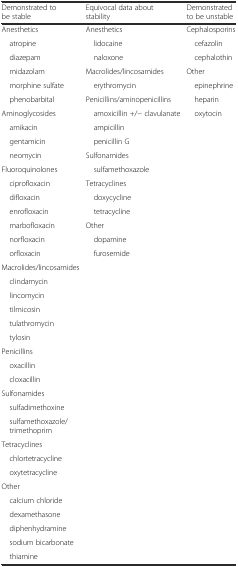
<table><thead><tr><td><b>Demonstrated to be stable</b></td><td><b>Equivocal data about stability</b></td><td><b>Demonstrated to be unstable</b></td></tr></thead><tbody><tr><td>Anesthetics</td><td>Anesthetics</td><td>Cephalosporins</td></tr><tr><td> atropine</td><td> lidocaine</td><td> cefazolin</td></tr><tr><td> diazepam</td><td> naloxone</td><td> cephalothin</td></tr><tr><td> midazolam</td><td>Macrolides/lincosamides</td><td>Other</td></tr><tr><td> morphine sulfate</td><td> erythromycin</td><td> epinephrine</td></tr><tr><td> phenobarbital</td><td>Penicillins/aminopenicillins</td><td> heparin</td></tr><tr><td>Aminoglycosides</td><td> amoxicillin +/− clavulanate</td><td> oxytocin</td></tr><tr><td> amikacin</td><td> ampicillin</td><td></td></tr><tr><td> gentamicin</td><td> penicillin G</td><td></td></tr><tr><td> neomycin</td><td>Sulfonamides</td><td></td></tr><tr><td>Fluoroquinolones</td><td> sulfamethoxazole</td><td></td></tr><tr><td> ciprofloxacin</td><td>Tetracyclines</td><td></td></tr><tr><td> difloxacin</td><td> doxycycline</td><td></td></tr><tr><td> enrofloxacin</td><td> tetracycline</td><td></td></tr><tr><td> marbofloxacin</td><td>Other</td><td></td></tr><tr><td> norfloxacin</td><td> dopamine</td><td></td></tr><tr><td> orfloxacin</td><td> furosemide</td><td></td></tr><tr><td>Macrolides/lincosamides</td><td></td><td></td></tr><tr><td> clindamycin</td><td></td><td></td></tr><tr><td> lincomycin</td><td></td><td></td></tr><tr><td> tilmicosin</td><td></td><td></td></tr><tr><td> tulathromycin</td><td></td><td></td></tr><tr><td> tylosin</td><td></td><td></td></tr><tr><td>Penicillins</td><td></td><td></td></tr><tr><td> oxacillin</td><td></td><td></td></tr><tr><td> cloxacillin</td><td></td><td></td></tr><tr><td>Sulfonamides</td><td></td><td></td></tr><tr><td> sulfadimethoxine</td><td></td><td></td></tr><tr><td> sulfamethoxazole/trimethoprim</td><td></td><td></td></tr><tr><td>Tetracyclines</td><td></td><td></td></tr><tr><td> chlortetracycline</td><td></td><td></td></tr><tr><td> oxytetracycline</td><td></td><td></td></tr><tr><td>Other</td><td></td><td></td></tr><tr><td> calcium chloride</td><td></td><td></td></tr><tr><td> dexamethasone</td><td></td><td></td></tr><tr><td> diphenhydramine</td><td></td><td></td></tr><tr><td> sodium bicarbonate</td><td></td><td></td></tr><tr><td> thiamine</td><td></td><td></td></tr></tbody></table>